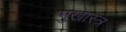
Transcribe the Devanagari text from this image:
मुखास्त्र